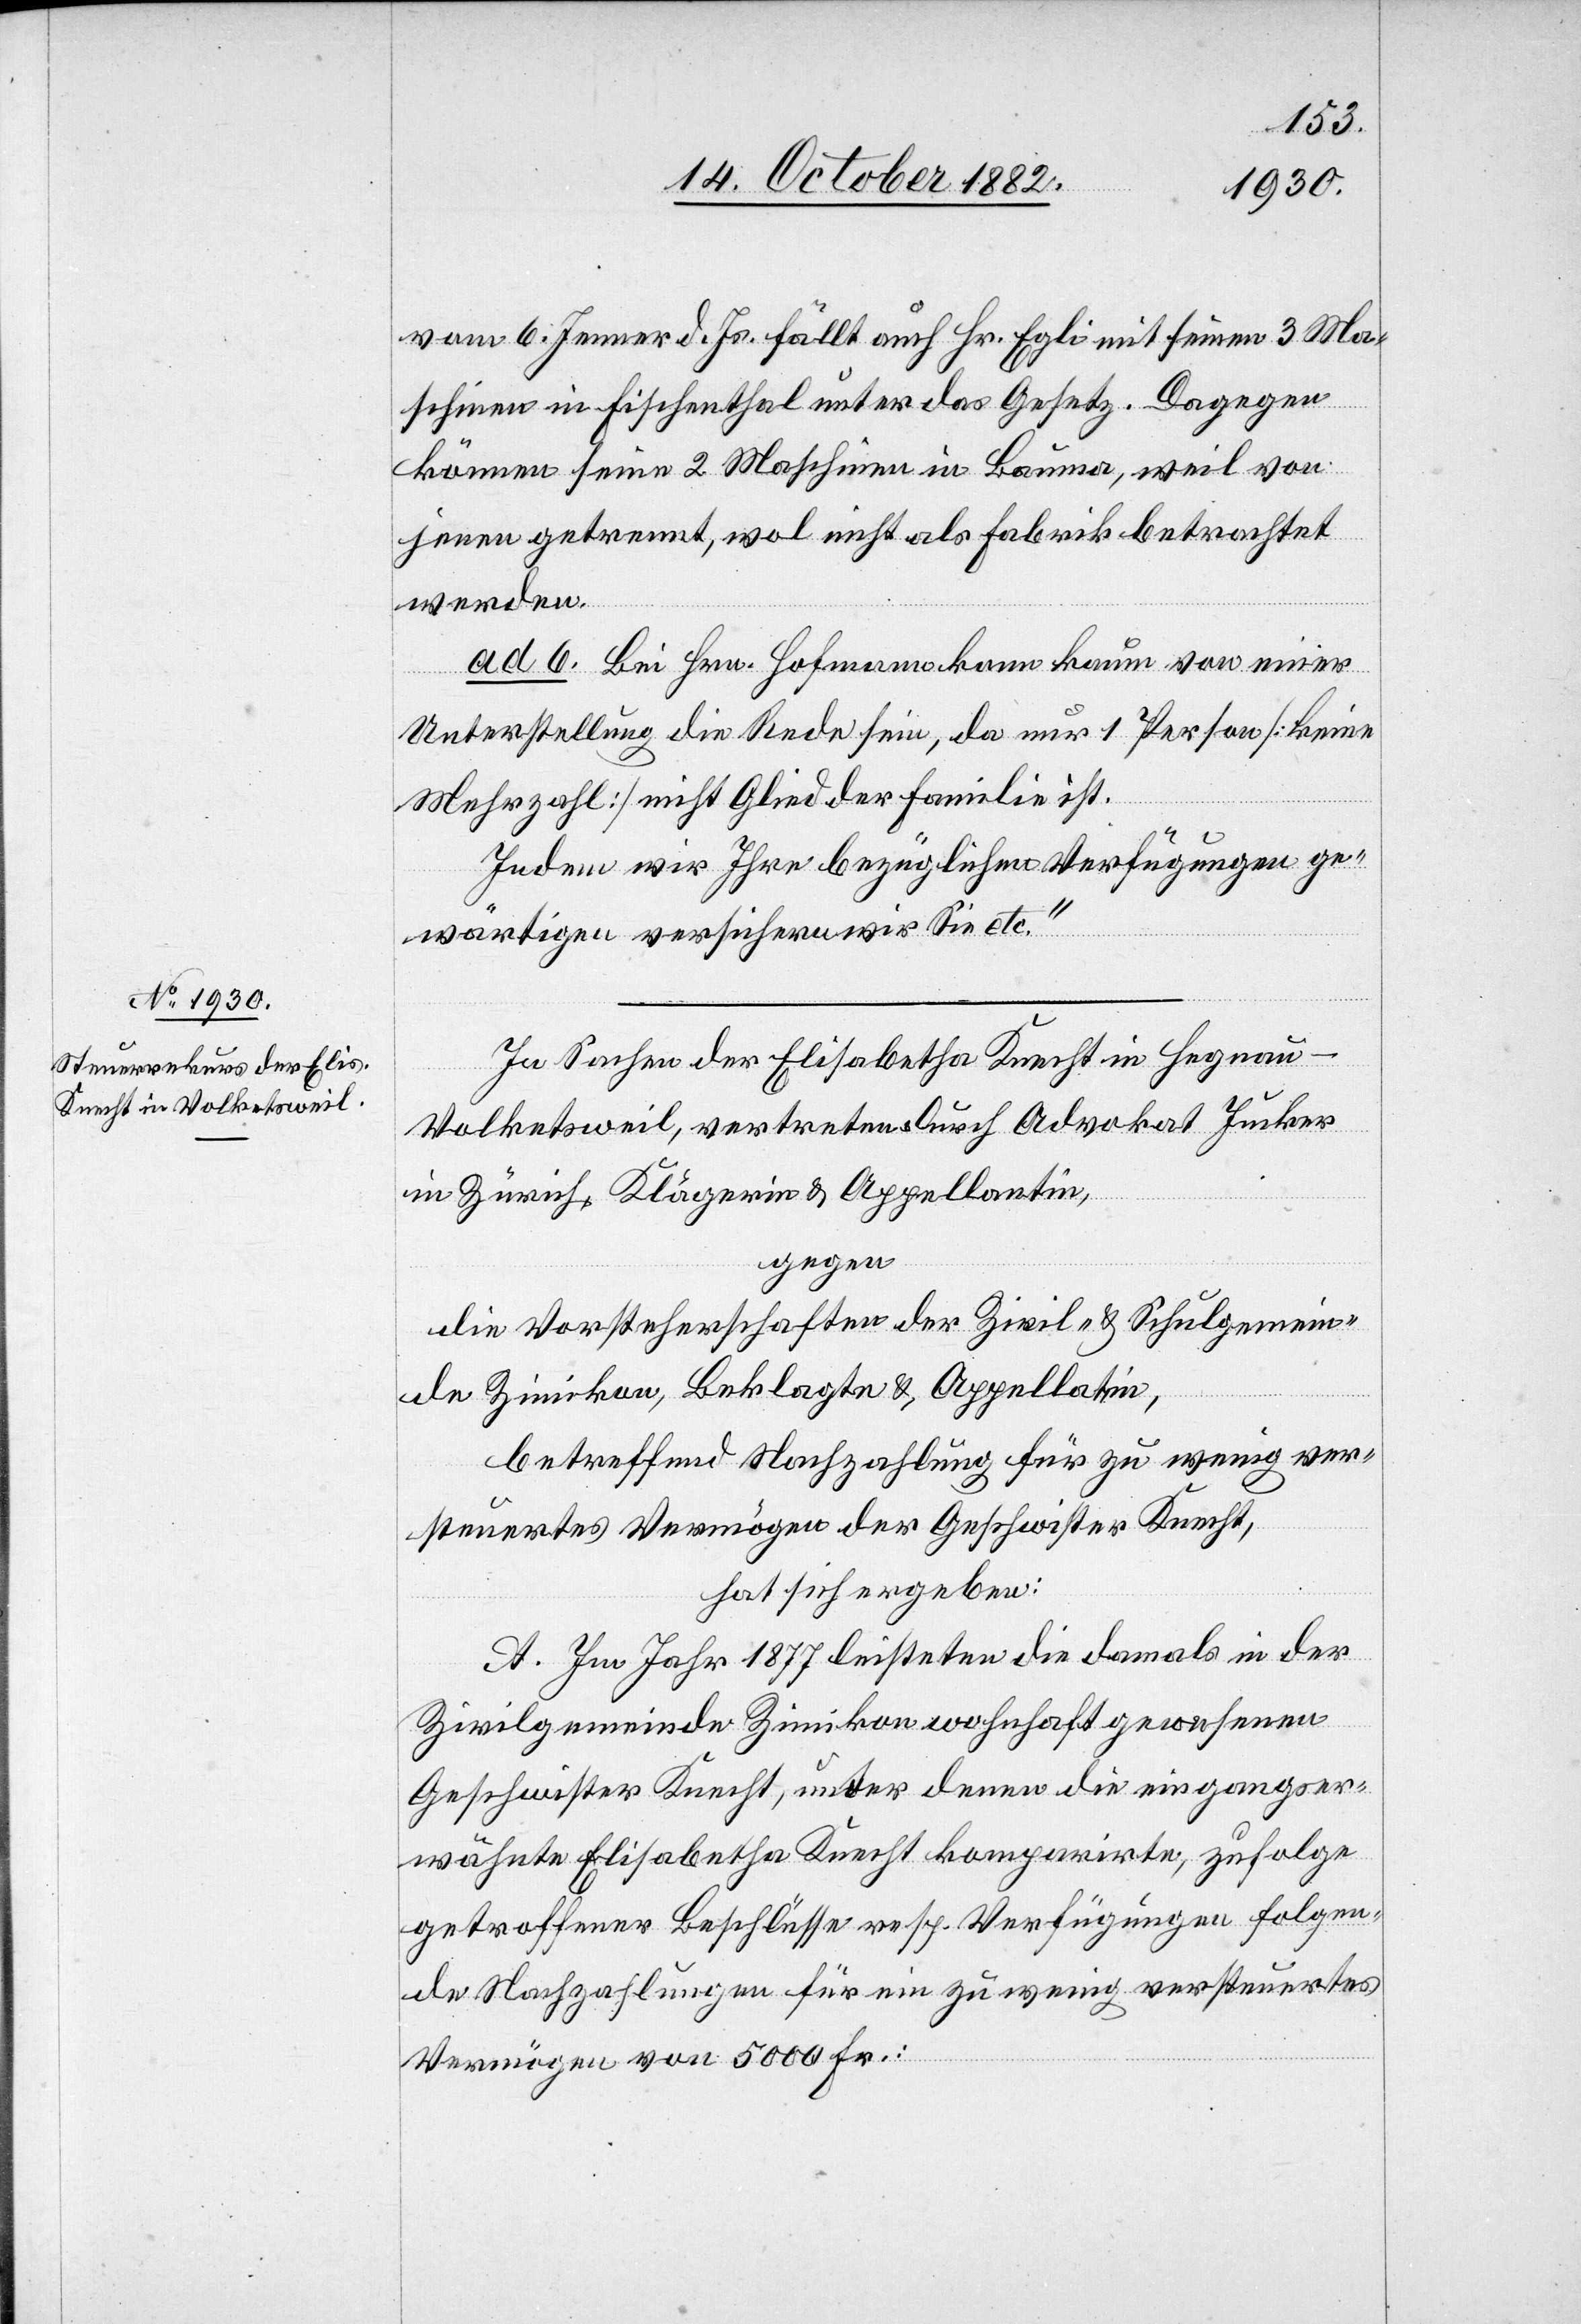
vom 6. Jenner d. Js. fällt auch Hrn. Egli mit seinen 3 Ma¬
schinen in Fischenthal unter das Gesetz. Dagegen
können seine 2 Maschinen in Bauma, weil von
jenen getrennt, wol nicht als Fabrik betrachtet
werden.
ad 6. Bei Hrn. Hofmann kann kaum von einer
Unterstellung die Rede sein, da nur 1 Person [keine
Mehrzahl] nicht Glied der Familie ist.
Indem wir Ihre bezüglichen Verfügungen ge¬
wärtigen versichern wir Sie etc.“
In Sachen der Elisabetha Knecht in Hegnau -
Volketsweil, vertreten durch Advokat Jucker
in Zürich, Klägerin & Appellantin,
gegen
die Vorsteherschaften der Zivil- & Schulgemein¬
de Zimikon, Beklagte & Appellatin,
betreffend Nachzahlung für zu wenig ver¬
steuertes Vermögen der Geschwister Knecht,
hat sich ergeben:
A. Im Jahr 1877 leisteten die damals in der
Zivilgemeinde Zimikon wohnhaft gewesenen
Geschwister Knecht, unter denen die eingangs er¬
wähnte Elisabetha Knecht komparirte, zufolge
getroffener Beschlüsse resp. Vergütungen folgen¬
de Nachzahlungen für ein zu wenig versteuertes
Vermögen von 5000 Fr.: